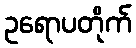
ဥရောပတိုက်